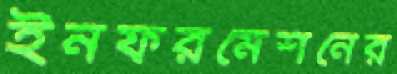
ইনফরমেশনের